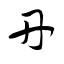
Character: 丹